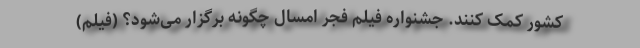
کشور کمک کنند. جشنواره فیلم فجر امسال چگونه برگزار می‌شود؟ (فیلم)